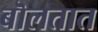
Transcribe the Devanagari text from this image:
बॊलतात